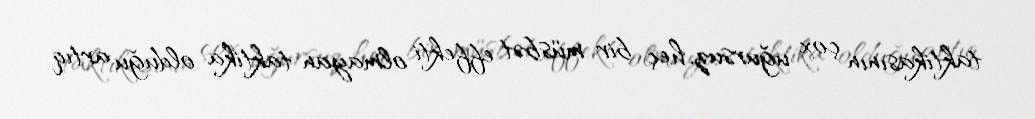
taktikasının çox uğursuz, heç bir müsbət effekti olmayan taktika olduğu artıq